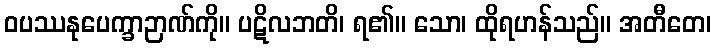
ဝပဿနုပေက္ခာဉာဏ်ကို။ ပဋိလဘတိ၊ ရ၏။ သော၊ ထိုရဟန်သည်။ အတီတေ၊